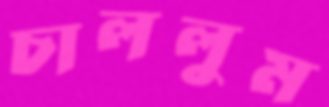
চাললুম